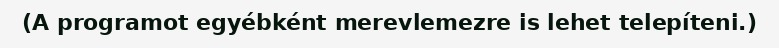
(A programot egyébként merevlemezre is lehet telepíteni.)